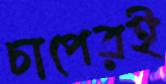
চাপেরই